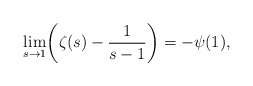
\begin{align*}\lim_{s\rightarrow 1}\biggl(\zeta(s)- \frac{1}{s-1}\biggr)=-\psi(1),\end{align*}